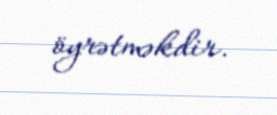
öyrətməkdir.